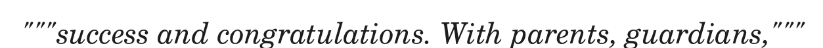
"""success and congratulations. With parents, guardians,"""